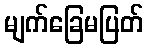
မျက်ခြေမပြတ်